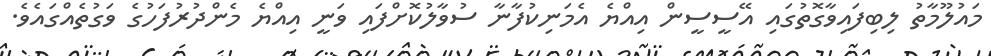
މައުލޫމާތު ލިބިފައިވާގޮތުގައި އޭސީސީން އިއްޔެ އެމަނިކުފާނާ ސުވާލުކޮށްފައި ވަނީ އިއްޔެ މެންދުރުފަހުގެ ވަގުތެއްގައެވެ.